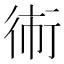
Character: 𱜫